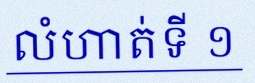
លំហាត់ទី ១